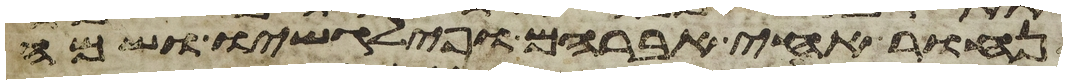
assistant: לנחור אחי אברהם ופילגשו ושמה